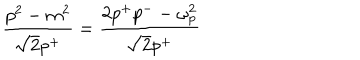
LaTeX: \frac { p ^ { 2 } - m ^ { 2 } } { \sqrt { 2 } p ^ { + } } = \frac { 2 p ^ { + } p ^ { - } - \omega _ { p } ^ { 2 } } { \sqrt { 2 } p ^ { + } }